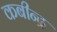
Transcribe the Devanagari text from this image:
कबीन्द्र